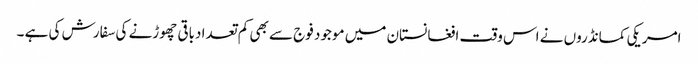
امریکی کمانڈروں نے اس وقت افغانستان میں موجود فوج سے بھی کم تعدا دباقی چھوڑنے کی سفارش کی ہے ۔